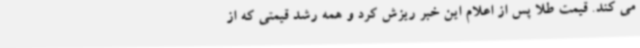
می کند. قیمت طلا پس از اعلام این خبر ریزش کرد و همه رشد قیمتی که از